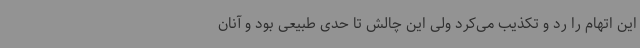
این اتهام را رد و تکذیب می‌کرد ولی این چالش تا حدی طبیعی بود و آنان